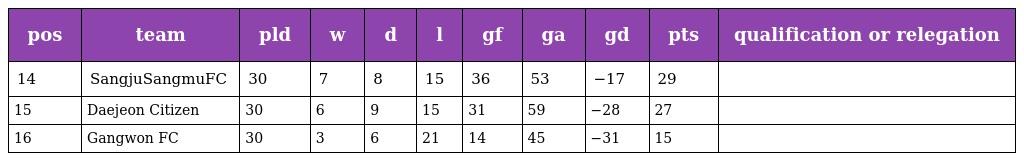
| pos | team | pld | w | d | l | gf | ga | gd | pts | qualification or relegation |
 | --- | --- | --- | --- | --- | --- | --- | --- | --- | --- | --- |
 | 14 | SangjuSangmuFC | 30 | 7 | 8 | 15 | 36 | 53 | −17 | 29 |  |
 | 15 | Daejeon Citizen | 30 | 6 | 9 | 15 | 31 | 59 | −28 | 27 |  |
 | 16 | Gangwon FC | 30 | 3 | 6 | 21 | 14 | 45 | −31 | 15 |  |